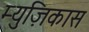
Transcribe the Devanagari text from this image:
म्युज़िकास